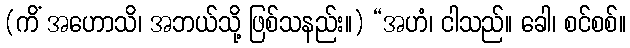
(ကိံ အဟောသိ၊ အဘယ်သို့ ဖြစ်သနည်း။) “အဟံ၊ ငါသည်။ ခေါ၊ စင်စစ်။